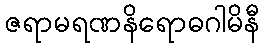
ဇရာမရဏနိရောဓဂါမိနီ